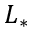
L _ { * }